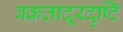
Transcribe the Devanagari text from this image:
वक्रतादूरदृष्टि